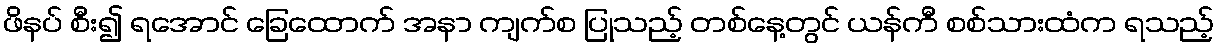
ဖိနပ် စီး၍ ရအောင် ခြေထောက် အနာ ကျက်စ ပြုသည့် တစ်နေ့တွင် ယန်ကီ စစ်သားထံက ရသည့်